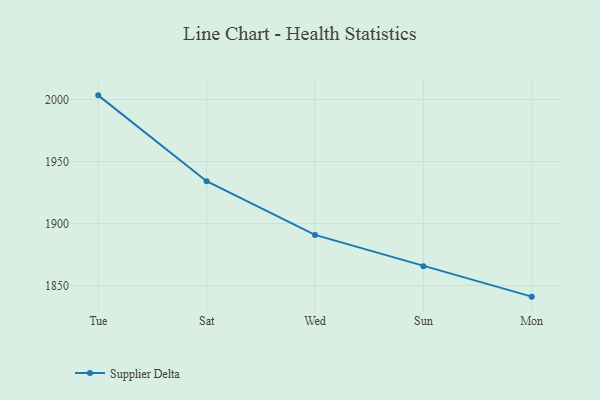
{"axis": {"x": "Day", "y": "Latency (ms)"}, "legend": ["Supplier Delta"], "data": [{"x": "Tue", "y": 2003.4, "type": "Supplier Delta"}, {"x": "Sat", "y": 1934.1, "type": "Supplier Delta"}, {"x": "Wed", "y": 1890.8, "type": "Supplier Delta"}, {"x": "Sun", "y": 1865.6, "type": "Supplier Delta"}, {"x": "Mon", "y": 1841.0, "type": "Supplier Delta"}]}